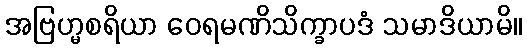
အဗြဟ္မစရိယာ ဝေရမဏိသိက္ခာပဒံ သမာဒိယာမိ။